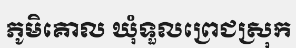
ភូមិគោល ឃុំទួលព្រេជស្រុក